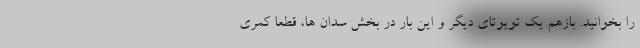
را بخوانید. بازهم یک تویوتای دیگر و این بار در بخش سدان ها، قطعا کمری